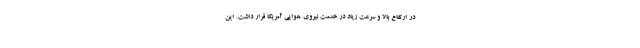
در ارتفاع بالا و سرعت زیاد در خدمت نیروی هوایی آمریکا قرار داشت. این